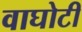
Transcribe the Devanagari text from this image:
वाघोटी